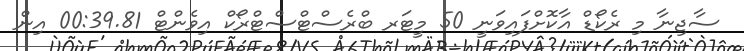
ސާޖިނާ މި ރެކޯޑް އާކޮށްފައިވަނީ 50 މީޓަރ ބްރެސްޓްސްޓްރޯކް އިވެންޓް 00:39.81 އިން